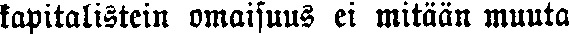
kapitalistein omaisuus ei mitään muuta